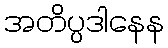
အတိပ္ပဒါနေန